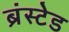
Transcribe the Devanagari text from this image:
ब्रंस्टेड